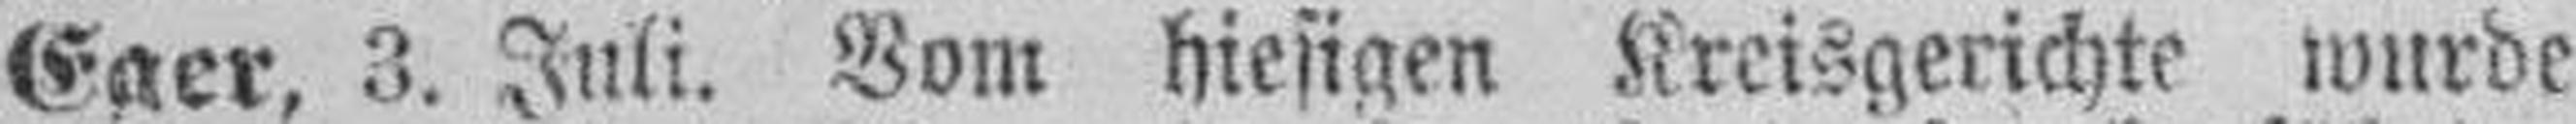
Eger, 3. Juli. Vom hiesigen Kreisgerichte wurde